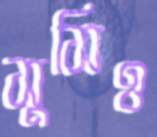
সুসিও